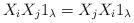
LaTeX: \begin{align*}X_i X_j 1_{\lambda} = X_{j} X_i 1_{\lambda} &&\end{align*}